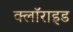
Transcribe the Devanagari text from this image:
क्लॉराइड